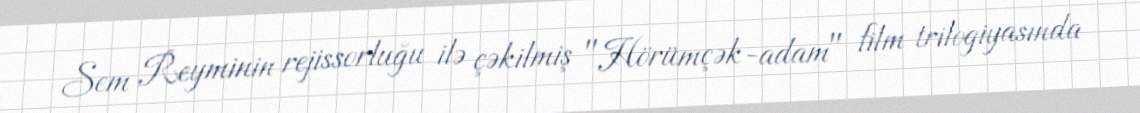
Sem Reyminin rejissorluğu ilə çəkilmiş "Hörümçək-adam" film trilogiyasında